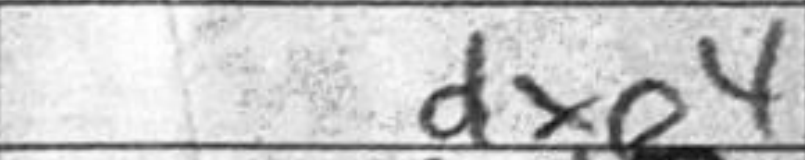
Transcription: dxe4